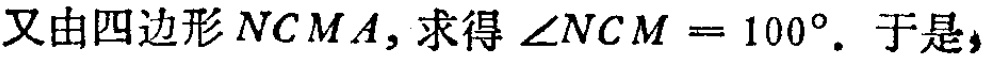
又由四边形\(NCMA\)，求得\(\angle NCM = 100^{\circ}\)。于是，